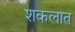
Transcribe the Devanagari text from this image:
शकलात